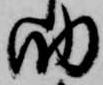
助